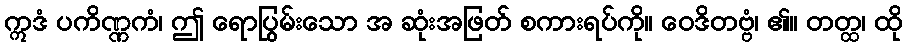
ဣဒံ ပကိဏ္ဏကံ၊ ဤ ရောပြွမ်းသော အ ဆုံးအဖြတ် စကားရပ်ကို။ ဝေဒိတဗ္ဗံ၊ ၏။ တတ္ထ၊ ထို